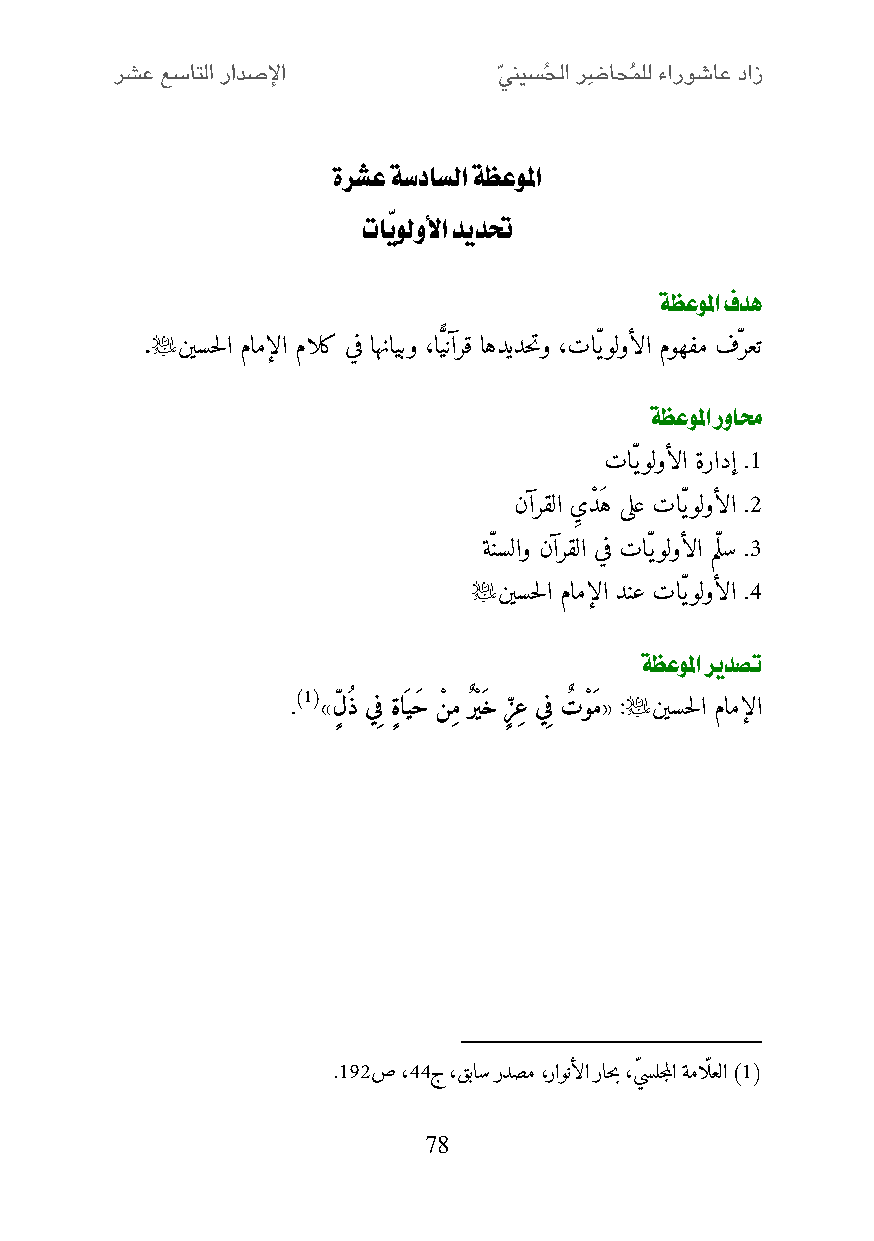
ةرشع ةسداسلا ةظعولما
 تاّيولولأا ديدتح
 ةظعولما فده
 
 . نيسحلا مامإلا مالك يف اهنايبو ،اّ يًّنآرق اهديدحتو ،تاّيولوألا موهفم فّرعت
 ةظعولما روامح
 تاّيولوألا ةرادإ .2
 نآرقلا يِ دْ َه ىلع تاّيولوألا .0
 ةّنسلاو نآرقلا يف تاّيولوألا مّلس .1
 
 نيسحلا مامإلا دنع تاّيولوألا .4
 ةظعولما ريدصت
 )1(                  
 . »ل ٍّ ذ يِف ٍّة اَيحَ نْ ِم ٌر ْيَخ ٍّز ِع يِف تٌ ْوَم« : نيسحلا مامإلا
 .250ص ،44ج ،قباس ردصم ،راونألا راحب ،يّ سلجملا ةماّلعلا )1(
 78